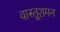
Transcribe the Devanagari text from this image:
वास्तूशमन